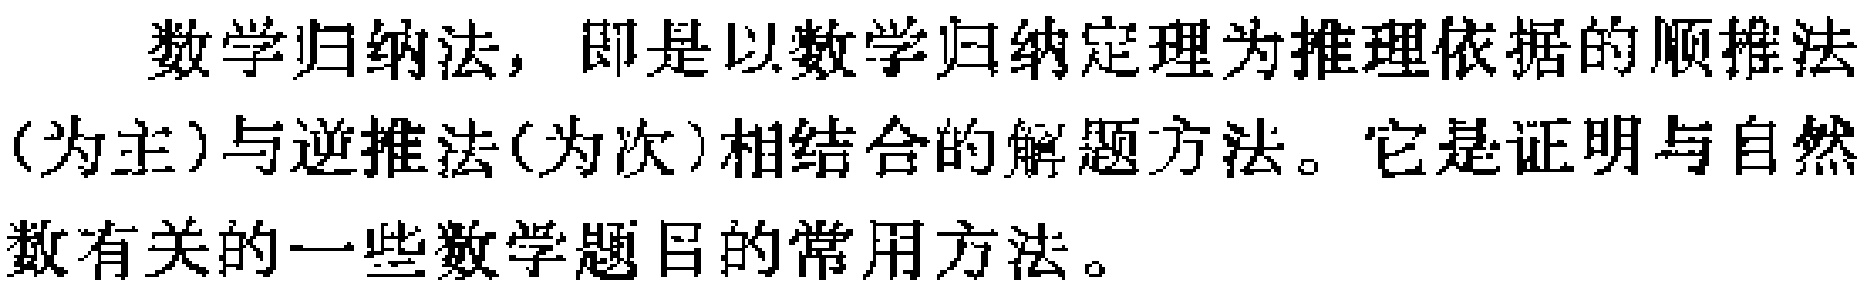
数学归纳法，即是以数学归纳定理为推理依据的顺推法(为主)与逆推法(为次)相结合的解题方法。它是证明与自然数有关的一些数学题目的常用方法。